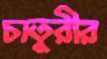
চাতুরীর